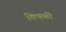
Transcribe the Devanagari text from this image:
चिपळी